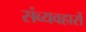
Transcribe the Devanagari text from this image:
संव्यवहारों